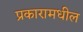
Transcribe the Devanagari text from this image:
प्रकारामधील